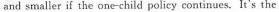
and smaller if the one-child policy continues. It's the